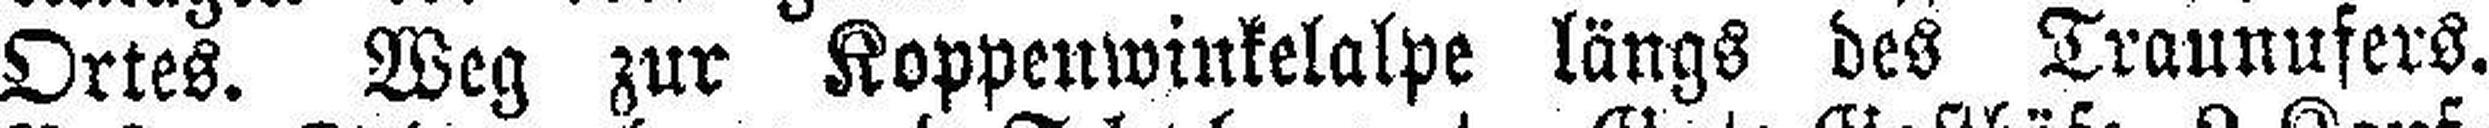
Ortes. Weg zur Koppenwinkelalpe längs des Traunufers.